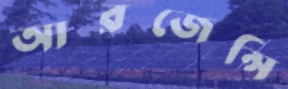
আরজেন্সি